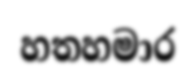
හතහමාර